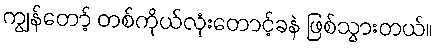
ကျွန်တော့် တစ်ကိုယ်လုံးတောင့်ခနဲ ဖြစ်သွားတယ်။